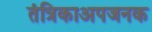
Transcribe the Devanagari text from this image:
तंत्रिकाअपजनक